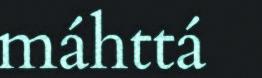
máhttá